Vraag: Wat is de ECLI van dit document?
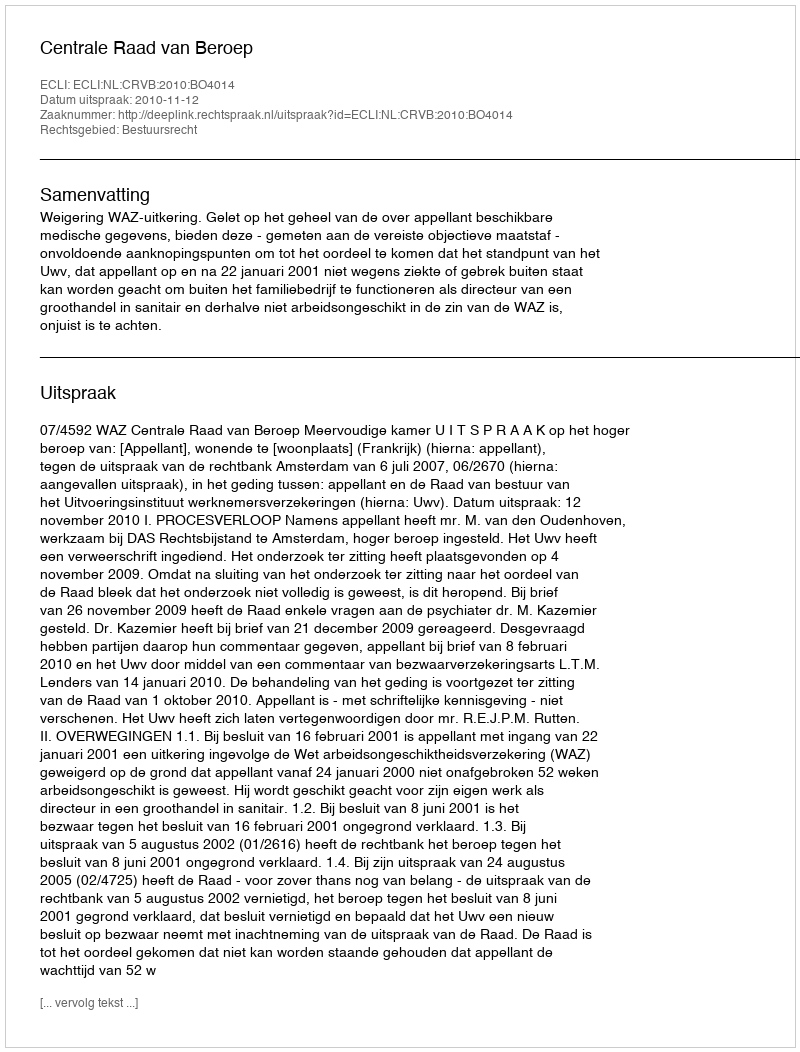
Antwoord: ECLI:NL:CRVB:2010:BO4014